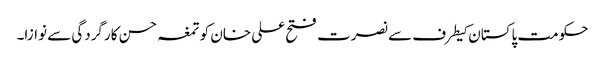
حکومت پاکستان کیطرف سے نصرت فتح علی خان کو تمغہ حسن کارگردگی سے نوازا۔